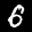
Label: 6